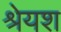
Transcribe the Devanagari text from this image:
श्रेयश